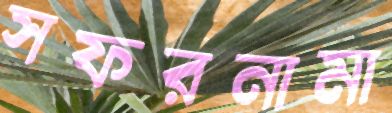
সফরনামা